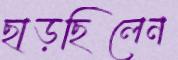
ছাড়ছিলেন